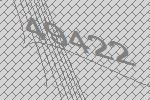
49422